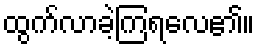
ထွက်လာခဲ့ကြရလေ၏။